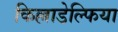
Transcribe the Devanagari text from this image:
किल्लाडेल्फिया